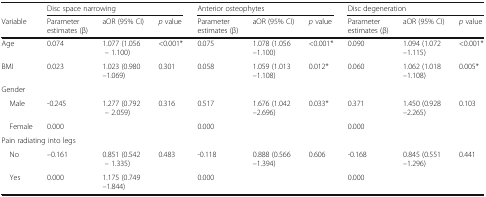
<table><thead><tr><td></td><td colspan="3"><b>Disc space narrowing</b></td><td colspan="3"><b>Anterior osteophytes</b></td><td colspan="3"><b>Disc degeneration</b></td></tr><tr><td><b>Variable</b></td><td><b>Parameter estimates (β)</b></td><td><b>aOR (95% CI)</b></td><td><b><i>p</i> value</b></td><td><b>Parameter estimates (β)</b></td><td><b>aOR (95% CI)</b></td><td><b><i>p</i> value</b></td><td><b>Parameter estimates (β)</b></td><td><b>aOR (95% CI)</b></td><td><b><i>p</i> value</b></td></tr></thead><tbody><tr><td>Age</td><td>0.074</td><td>1.077 (1.056 – 1.100)</td><td>&lt;0.001*</td><td>0.075</td><td>1.078 (1.056–1.100)</td><td>&lt;0.001*</td><td>0.090</td><td>1.094 (1.072–1.115)</td><td>&lt;0.001*</td></tr><tr><td>BMI</td><td>0.023</td><td>1.023 (0.980–1.069)</td><td>0.301</td><td>0.058</td><td>1.059 (1.013–1.108)</td><td>0.012*</td><td>0.060</td><td>1.062 (1.018–1.108)</td><td>0.005*</td></tr><tr><td colspan="10">Gender</td></tr><tr><td> Male</td><td>-0.245</td><td>1.277 (0.792 – 2.059)</td><td>0.316</td><td>0.517</td><td>1.676 (1.042–2.696)</td><td>0.033*</td><td>0.371</td><td>1.450 (0.928–2.265)</td><td>0.103</td></tr><tr><td> Female</td><td>0.000</td><td></td><td></td><td>0.000</td><td></td><td></td><td>0.000</td><td></td><td></td></tr><tr><td colspan="10">Pain radiating into legs</td></tr><tr><td> No</td><td>–0.161</td><td>0.851 (0.542 – 1.335)</td><td>0.483</td><td>-0.118</td><td>0.888 (0.566–1.394)</td><td>0.606</td><td>-0.168</td><td>0.845 (0.551–1.296)</td><td>0.441</td></tr><tr><td> Yes</td><td>0.000</td><td>1.175 (0.749–1.844)</td><td></td><td>0.000</td><td></td><td></td><td>0.000</td><td></td><td></td></tr></tbody></table>